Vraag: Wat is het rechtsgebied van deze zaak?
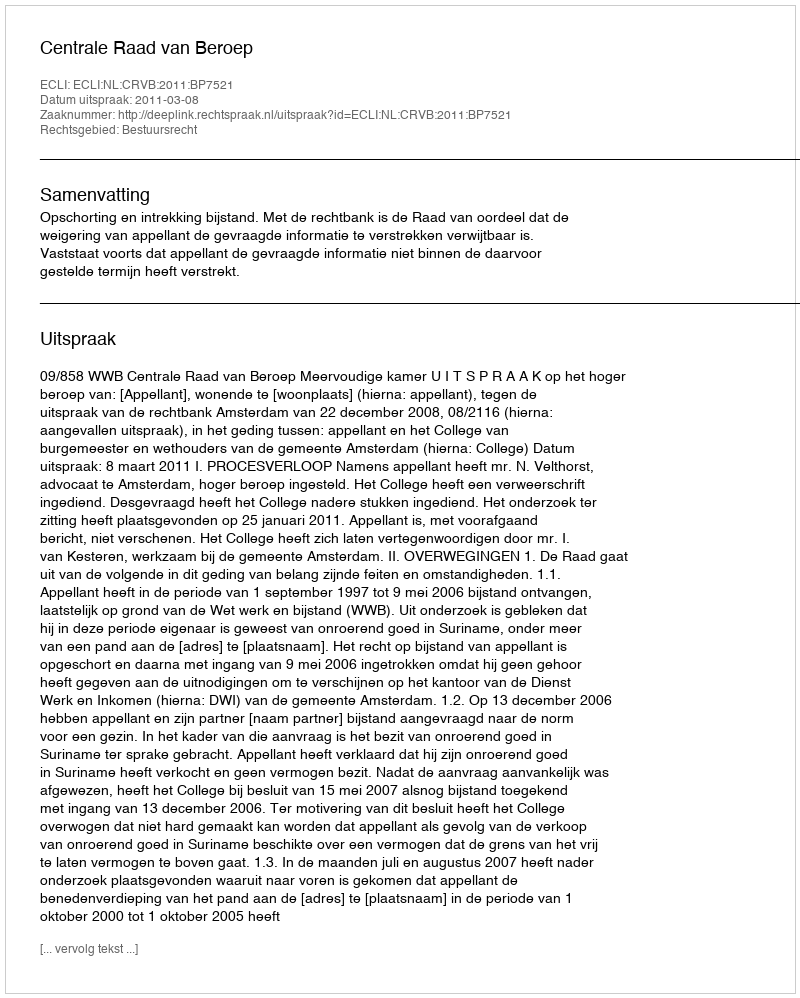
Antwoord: Bestuursrecht